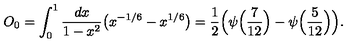
O _ { 0 } = \int _ { 0 } ^ { 1 } { \frac { d x } { 1 - x ^ { 2 } } } \bigl ( x ^ { - 1 / 6 } - x ^ { 1 / 6 } \bigr ) = { \frac { 1 } { 2 } } \Bigl ( \psi \Bigl ( { \frac { 7 } { 1 2 } } \Bigr ) - \psi \Bigl ( { \frac { 5 } { 1 2 } } \Bigr ) \Bigr ) .